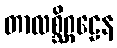
တာလစ္ဆိဂ္ဂဠေန